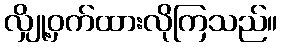
လျှို့ဝှက်ထားလိုကြသည်။